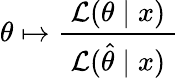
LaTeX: \theta\mapsto{\frac{~{\mathcal{L}}(\theta\mid x)~}{~{\mathcal{L}}({\hat{\theta}}\mid x)~}}